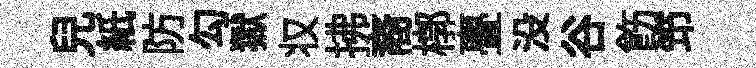
兒紙防勾獄𠬧拂裔槨亹没谷飭笻